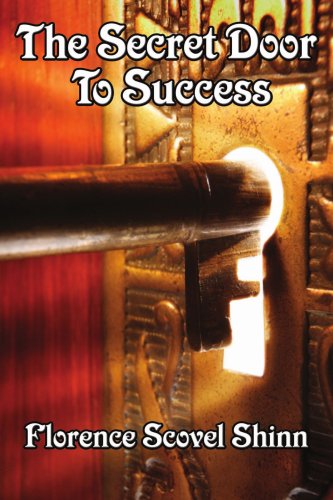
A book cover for The Secret Door To Success; Florence Scovel Shinn; Health, Fitness & Dieting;